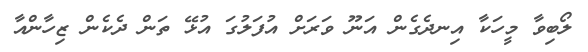
ލޯބިވާ މީހަކާ އިނދެގެން އަނޫ ވަރަށް އުފަލުގަ އުޅޭ ތަން ދެކެން ޒިހާންއާ